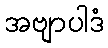
အဗျာပါဒံ